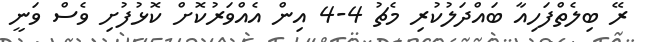
ރޭ ބިލެތްފަހިއާ ބައްދަލުކުރި މެޗު 4-4 އިން އެއްވަރުކޮށް ކޮޅުފުށި ވެސް ވަނީ